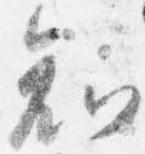
知